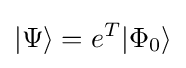
|\Psi \rangle =e^{T}|\Phi _{0}\rangle